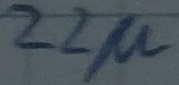
Text: 22µ